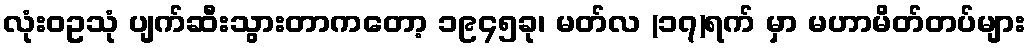
လုံးဝဥသုံ ပျက်ဆီးသွားတာကတော့ ၁၉၄၅ခု၊ မတ်လ (၁၇)ရက် မှာ မဟာမိတ်တပ်များ